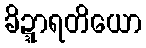
ခိဍ္ဍာရတိယော